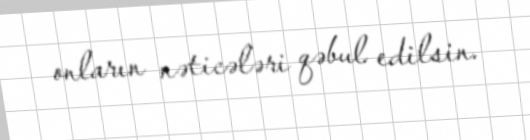
onların nəticələri qəbul edilsin.